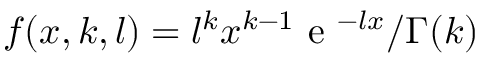
f ( x , k , l ) = l ^ { k } x ^ { k - 1 } \mathrm { ~ e ~ } ^ { - l x } / \Gamma ( k )